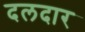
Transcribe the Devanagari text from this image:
दलदार